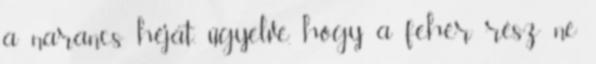
a narancs héját, ügyelve, hogy a fehér rész ne